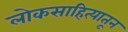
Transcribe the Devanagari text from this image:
लोकसाहित्यातून